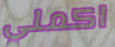
اكملي